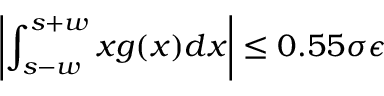
\left| \displaystyle \int _ { s - w } ^ { s + w } x g ( x ) d x \right| \le 0 . 5 5 \sigma \epsilon